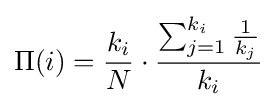
\Pi (i)={\frac {k_{i}}{N}}\cdot {\frac {\sum _{j=1}^{k_{i}}{\frac {1}{k_{j}}}}{k_{i}}}